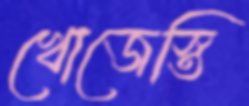
খোজেস্তি